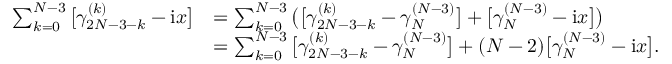
\begin{array} { r l } { \sum _ { k = 0 } ^ { N - 3 } \big [ \gamma _ { 2 N - 3 - k } ^ { ( k ) } - \mathrm { i } x \big ] } & { = \sum _ { k = 0 } ^ { N - 3 } \big ( \big [ \gamma _ { 2 N - 3 - k } ^ { ( k ) } - \gamma _ { N } ^ { ( N - 3 ) } \big ] + \big [ \gamma _ { N } ^ { ( N - 3 ) } - \mathrm { i } x \big ] \big ) } \\ & { = \sum _ { k = 0 } ^ { N - 3 } \big [ \gamma _ { 2 N - 3 - k } ^ { ( k ) } - \gamma _ { N } ^ { ( N - 3 ) } \big ] + ( N - 2 ) \big [ \gamma _ { N } ^ { ( N - 3 ) } - \mathrm { i } x \big ] . } \end{array}